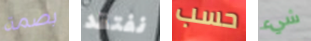
بصمة نفتقد حسب شيء